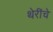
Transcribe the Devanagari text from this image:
थेरींचे